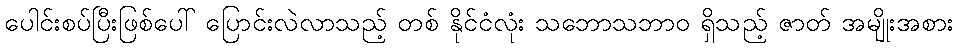
ပေါင်းစပ်ပြီးဖြစ်ပေါ် ပြောင်းလဲလာသည့် တစ် နိုင်ငံလုံး သဘောသဘာဝ ရှိသည့် ဇာတ် အမျိုးအစား